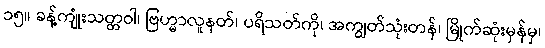
၁၅။ ခန့်ကျုံးသတ္တဝါ၊ ဗြဟ္မာလူနတ်၊ ပရိသတ်ကို၊ အကျွတ်သုံးတန်၊ မြိုက်ဆုံးမှန်မှ၊